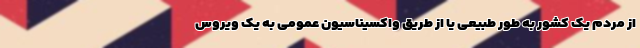
از مردم یک کشور به طور طبیعی یا از طریق واکسیناسیون عمومی به یک ویروس